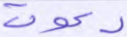
دعوت